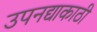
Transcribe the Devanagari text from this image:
उपनद्याकाठी